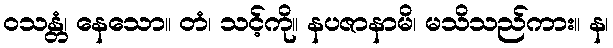
ဝသန္တံ၊ နေသော။ တံ၊ သင့်ကို။ နပဇာနာမိ၊ မသိသည်ကား။ န၊